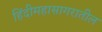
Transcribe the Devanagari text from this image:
हिंदीमहासागरातील